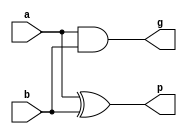
// P, G Term Generator
// Generates for each bit in parallel
module pg_gen(p, g, a, b);
    input  [31:0] a, b;
    output [31:0] p, g;
    
    assign p = a ^ b;
    assign g = a & b;
endmodule

// Black Cell
// for carry-look-ahead tree
module black_cell(pout, gout, p, g, p_1, g_1);
    input     p, g, p_1, g_1;
    output    pout, gout;
    
    assign pout = p & p_1;
    assign gout = g | (p & g_1);
endmodule

// Carry generator
// Generates carry output
module carry_gen(cout, p, g, cin);
    input  p, g, cin;
    output cout;
    
    assign cout = g | p & cin;
endmodule

module ksa_32b_top(cout, sum, a, b, cin);
    input  [31:0] a, b;
    input  cin;
    
    output [31:0] sum;
    output cout;

    // p, g terms
    wire    [31:0] p_terms, g_terms;
    wire    [31:0] sum, c_outs;
    
    // create wire for each CLA tree stage
    wire    [31:0]  p_st_1, g_st_1;
    wire    [30:0]  p_st_2, g_st_2;
    wire    [28:0]  p_st_3, g_st_3;
    wire    [24:0]  p_st_4, g_st_4;
    wire    [16:0]  p_st_5, g_st_5;
	wire            p_st_6, g_st_6;
    
    // P,G Generation
    pg_gen     _pg_gen         (.p(p_terms), .g(g_terms), .a(a), .b(b));
    
    // CLA tree stage 1 (32 cells)
    black_cell _black_cell1_0  (.pout(p_st_1[0]),  .gout(g_st_1[0]),  .p(p_terms[0]),  .g(g_terms[0]),  .p_1(1'b0),        .g_1(cin) );
    black_cell _black_cell1_1  (.pout(p_st_1[1]),  .gout(g_st_1[1]),  .p(p_terms[1]),  .g(g_terms[1]),  .p_1(p_terms[0]),  .g_1(g_terms[0]) );
    black_cell _black_cell1_2  (.pout(p_st_1[2]),  .gout(g_st_1[2]),  .p(p_terms[2]),  .g(g_terms[2]),  .p_1(p_terms[1]),  .g_1(g_terms[1]) );
    black_cell _black_cell1_3  (.pout(p_st_1[3]),  .gout(g_st_1[3]),  .p(p_terms[3]),  .g(g_terms[3]),  .p_1(p_terms[2]),  .g_1(g_terms[2]) );
    black_cell _black_cell1_4  (.pout(p_st_1[4]),  .gout(g_st_1[4]),  .p(p_terms[4]),  .g(g_terms[4]),  .p_1(p_terms[3]),  .g_1(g_terms[3]) );
    black_cell _black_cell1_5  (.pout(p_st_1[5]),  .gout(g_st_1[5]),  .p(p_terms[5]),  .g(g_terms[5]),  .p_1(p_terms[4]),  .g_1(g_terms[4]) );
    black_cell _black_cell1_6  (.pout(p_st_1[6]),  .gout(g_st_1[6]),  .p(p_terms[6]),  .g(g_terms[6]),  .p_1(p_terms[5]),  .g_1(g_terms[5]) );
    black_cell _black_cell1_7  (.pout(p_st_1[7]),  .gout(g_st_1[7]),  .p(p_terms[7]),  .g(g_terms[7]),  .p_1(p_terms[6]),  .g_1(g_terms[6]) );
    black_cell _black_cell1_8  (.pout(p_st_1[8]),  .gout(g_st_1[8]),  .p(p_terms[8]),  .g(g_terms[8]),  .p_1(p_terms[7]),  .g_1(g_terms[7]) );
    black_cell _black_cell1_9  (.pout(p_st_1[9]),  .gout(g_st_1[9]),  .p(p_terms[9]),  .g(g_terms[9]),  .p_1(p_terms[8]),  .g_1(g_terms[8]) );
    black_cell _black_cell1_a  (.pout(p_st_1[10]), .gout(g_st_1[10]), .p(p_terms[10]), .g(g_terms[10]), .p_1(p_terms[9]),  .g_1(g_terms[9]) );
    black_cell _black_cell1_b  (.pout(p_st_1[11]), .gout(g_st_1[11]), .p(p_terms[11]), .g(g_terms[11]), .p_1(p_terms[10]), .g_1(g_terms[10]) );
    black_cell _black_cell1_c  (.pout(p_st_1[12]), .gout(g_st_1[12]), .p(p_terms[12]), .g(g_terms[12]), .p_1(p_terms[11]), .g_1(g_terms[11]) );
    black_cell _black_cell1_d  (.pout(p_st_1[13]), .gout(g_st_1[13]), .p(p_terms[13]), .g(g_terms[13]), .p_1(p_terms[12]), .g_1(g_terms[12]) );
    black_cell _black_cell1_e  (.pout(p_st_1[14]), .gout(g_st_1[14]), .p(p_terms[14]), .g(g_terms[14]), .p_1(p_terms[13]), .g_1(g_terms[13]) );
    black_cell _black_cell1_f  (.pout(p_st_1[15]), .gout(g_st_1[15]), .p(p_terms[15]), .g(g_terms[15]), .p_1(p_terms[14]), .g_1(g_terms[14]) );
	black_cell _black_cell1_10 (.pout(p_st_1[16]), .gout(g_st_1[16]), .p(p_terms[16]), .g(g_terms[16]), .p_1(p_terms[15]), .g_1(g_terms[15]) );
    black_cell _black_cell1_11 (.pout(p_st_1[17]), .gout(g_st_1[17]), .p(p_terms[17]), .g(g_terms[17]), .p_1(p_terms[16]), .g_1(g_terms[16]) );
    black_cell _black_cell1_12 (.pout(p_st_1[18]), .gout(g_st_1[18]), .p(p_terms[18]), .g(g_terms[18]), .p_1(p_terms[17]), .g_1(g_terms[17]) );
    black_cell _black_cell1_13 (.pout(p_st_1[19]), .gout(g_st_1[19]), .p(p_terms[19]), .g(g_terms[19]), .p_1(p_terms[18]), .g_1(g_terms[18]) );
    black_cell _black_cell1_14 (.pout(p_st_1[20]), .gout(g_st_1[20]), .p(p_terms[20]), .g(g_terms[20]), .p_1(p_terms[19]), .g_1(g_terms[19]) );
    black_cell _black_cell1_15 (.pout(p_st_1[21]), .gout(g_st_1[21]), .p(p_terms[21]), .g(g_terms[21]), .p_1(p_terms[20]), .g_1(g_terms[20]) );
    black_cell _black_cell1_16 (.pout(p_st_1[22]), .gout(g_st_1[22]), .p(p_terms[22]), .g(g_terms[22]), .p_1(p_terms[21]), .g_1(g_terms[21]) );
    black_cell _black_cell1_17 (.pout(p_st_1[23]), .gout(g_st_1[23]), .p(p_terms[23]), .g(g_terms[23]), .p_1(p_terms[22]), .g_1(g_terms[22]) );
    black_cell _black_cell1_18 (.pout(p_st_1[24]), .gout(g_st_1[24]), .p(p_terms[24]), .g(g_terms[24]), .p_1(p_terms[23]), .g_1(g_terms[23]) );
    black_cell _black_cell1_19 (.pout(p_st_1[25]), .gout(g_st_1[25]), .p(p_terms[25]), .g(g_terms[25]), .p_1(p_terms[24]), .g_1(g_terms[24]) );
    black_cell _black_cell1_1a (.pout(p_st_1[26]), .gout(g_st_1[26]), .p(p_terms[26]), .g(g_terms[26]), .p_1(p_terms[25]), .g_1(g_terms[25]) );
    black_cell _black_cell1_1b (.pout(p_st_1[27]), .gout(g_st_1[27]), .p(p_terms[27]), .g(g_terms[27]), .p_1(p_terms[26]), .g_1(g_terms[26]) );
    black_cell _black_cell1_1c (.pout(p_st_1[28]), .gout(g_st_1[28]), .p(p_terms[28]), .g(g_terms[28]), .p_1(p_terms[27]), .g_1(g_terms[27]) );
    black_cell _black_cell1_1d (.pout(p_st_1[29]), .gout(g_st_1[29]), .p(p_terms[29]), .g(g_terms[29]), .p_1(p_terms[28]), .g_1(g_terms[28]) );
    black_cell _black_cell1_1e (.pout(p_st_1[30]), .gout(g_st_1[30]), .p(p_terms[30]), .g(g_terms[30]), .p_1(p_terms[29]), .g_1(g_terms[29]) );
    black_cell _black_cell1_1f (.pout(p_st_1[31]), .gout(g_st_1[31]), .p(p_terms[31]), .g(g_terms[31]), .p_1(p_terms[30]), .g_1(g_terms[30]) );
    
    // CLA tree stage 2 (31 cells)
    black_cell _black_cell2_0  (.pout(p_st_2[0]),   .gout(g_st_2[0]),   .p(p_st_1[1]),   .g(g_st_1[1]),   .p_1(1'b0),         .g_1(cin) );
    black_cell _black_cell2_1  (.pout(p_st_2[1]),   .gout(g_st_2[1]),   .p(p_st_1[2]),   .g(g_st_1[2]),   .p_1(p_st_1[0]),    .g_1(g_st_1[0]) );
    black_cell _black_cell2_2  (.pout(p_st_2[2]),   .gout(g_st_2[2]),   .p(p_st_1[3]),   .g(g_st_1[3]),   .p_1(p_st_1[1]),    .g_1(g_st_1[1]) );
    black_cell _black_cell2_3  (.pout(p_st_2[3]),   .gout(g_st_2[3]),   .p(p_st_1[4]),   .g(g_st_1[4]),   .p_1(p_st_1[2]),    .g_1(g_st_1[2]) );
    black_cell _black_cell2_4  (.pout(p_st_2[4]),   .gout(g_st_2[4]),   .p(p_st_1[5]),   .g(g_st_1[5]),   .p_1(p_st_1[3]),    .g_1(g_st_1[3]) );
    black_cell _black_cell2_5  (.pout(p_st_2[5]),   .gout(g_st_2[5]),   .p(p_st_1[6]),   .g(g_st_1[6]),   .p_1(p_st_1[4]),    .g_1(g_st_1[4]) );
    black_cell _black_cell2_6  (.pout(p_st_2[6]),   .gout(g_st_2[6]),   .p(p_st_1[7]),   .g(g_st_1[7]),   .p_1(p_st_1[5]),    .g_1(g_st_1[5]) );
    black_cell _black_cell2_7  (.pout(p_st_2[7]),   .gout(g_st_2[7]),   .p(p_st_1[8]),   .g(g_st_1[8]),   .p_1(p_st_1[6]),    .g_1(g_st_1[6]) );
    black_cell _black_cell2_8  (.pout(p_st_2[8]),   .gout(g_st_2[8]),   .p(p_st_1[9]),   .g(g_st_1[9]),   .p_1(p_st_1[7]),    .g_1(g_st_1[7]) );
    black_cell _black_cell2_9  (.pout(p_st_2[9]),   .gout(g_st_2[9]),   .p(p_st_1[10]),  .g(g_st_1[10]),  .p_1(p_st_1[8]),    .g_1(g_st_1[8]) );
    black_cell _black_cell2_a  (.pout(p_st_2[10]),  .gout(g_st_2[10]),  .p(p_st_1[11]),  .g(g_st_1[11]),  .p_1(p_st_1[9]),    .g_1(g_st_1[9]) );
    black_cell _black_cell2_b  (.pout(p_st_2[11]),  .gout(g_st_2[11]),  .p(p_st_1[12]),  .g(g_st_1[12]),  .p_1(p_st_1[10]),   .g_1(g_st_1[10]) );
    black_cell _black_cell2_c  (.pout(p_st_2[12]),  .gout(g_st_2[12]),  .p(p_st_1[13]),  .g(g_st_1[13]),  .p_1(p_st_1[11]),   .g_1(g_st_1[11]) );
    black_cell _black_cell2_d  (.pout(p_st_2[13]),  .gout(g_st_2[13]),  .p(p_st_1[14]),  .g(g_st_1[14]),  .p_1(p_st_1[12]),   .g_1(g_st_1[12]) );
    black_cell _black_cell2_e  (.pout(p_st_2[14]),  .gout(g_st_2[14]),  .p(p_st_1[15]),  .g(g_st_1[15]),  .p_1(p_st_1[13]),   .g_1(g_st_1[13]) );
    black_cell _black_cell2_f  (.pout(p_st_2[15]),  .gout(g_st_2[15]),  .p(p_st_1[16]),  .g(g_st_1[16]),  .p_1(p_st_1[14]),   .g_1(p_st_1[14]) );
    black_cell _black_cell2_10 (.pout(p_st_2[16]),  .gout(g_st_2[16]),  .p(p_st_1[17]),  .g(g_st_1[17]),  .p_1(p_st_1[15]),   .g_1(g_st_1[15]) );
    black_cell _black_cell2_11 (.pout(p_st_2[17]),  .gout(g_st_2[17]),  .p(p_st_1[18]),  .g(g_st_1[18]),  .p_1(p_st_1[16]),   .g_1(g_st_1[16]) );
    black_cell _black_cell2_12 (.pout(p_st_2[18]),  .gout(g_st_2[18]),  .p(p_st_1[19]),  .g(g_st_1[19]),  .p_1(p_st_1[17]),   .g_1(g_st_1[17]) );
    black_cell _black_cell2_13 (.pout(p_st_2[19]),  .gout(g_st_2[19]),  .p(p_st_1[20]),  .g(g_st_1[20]),  .p_1(p_st_1[18]),   .g_1(g_st_1[18]) );
    black_cell _black_cell2_14 (.pout(p_st_2[20]),  .gout(g_st_2[20]),  .p(p_st_1[21]),  .g(g_st_1[21]),  .p_1(p_st_1[19]),   .g_1(g_st_1[19]) );
    black_cell _black_cell2_15 (.pout(p_st_2[21]),  .gout(g_st_2[21]),  .p(p_st_1[22]),  .g(g_st_1[22]),  .p_1(p_st_1[20]),   .g_1(g_st_1[20]) );
    black_cell _black_cell2_16 (.pout(p_st_2[22]),  .gout(g_st_2[22]),  .p(p_st_1[23]),  .g(g_st_1[23]),  .p_1(p_st_1[21]),   .g_1(g_st_1[21]) );
    black_cell _black_cell2_17 (.pout(p_st_2[23]),  .gout(g_st_2[23]),  .p(p_st_1[24]),  .g(g_st_1[24]),  .p_1(p_st_1[22]),   .g_1(g_st_1[22]) );
    black_cell _black_cell2_18 (.pout(p_st_2[24]),  .gout(g_st_2[24]),  .p(p_st_1[25]),  .g(g_st_1[25]),  .p_1(p_st_1[23]),   .g_1(g_st_1[23]) );
    black_cell _black_cell2_19 (.pout(p_st_2[25]),  .gout(g_st_2[25]),  .p(p_st_1[26]),  .g(g_st_1[26]),  .p_1(p_st_1[24]),   .g_1(g_st_1[24]) );
    black_cell _black_cell2_1a (.pout(p_st_2[26]),  .gout(g_st_2[26]),  .p(p_st_1[27]),  .g(g_st_1[27]),  .p_1(p_st_1[25]),   .g_1(g_st_1[25]) );
    black_cell _black_cell2_1b (.pout(p_st_2[27]),  .gout(g_st_2[27]),  .p(p_st_1[28]),  .g(g_st_1[28]),  .p_1(p_st_1[26]),   .g_1(g_st_1[26]) );
    black_cell _black_cell2_1c (.pout(p_st_2[28]),  .gout(g_st_2[28]),  .p(p_st_1[29]),  .g(g_st_1[29]),  .p_1(p_st_1[27]),   .g_1(g_st_1[27]) );
    black_cell _black_cell2_1d (.pout(p_st_2[29]),  .gout(g_st_2[29]),  .p(p_st_1[30]),  .g(g_st_1[30]),  .p_1(p_st_1[28]),   .g_1(g_st_1[28]) );
	black_cell _black_cell2_1e (.pout(p_st_2[30]),  .gout(g_st_2[30]),  .p(p_st_1[31]),  .g(g_st_1[31]),  .p_1(p_st_1[29]),   .g_1(g_st_1[29]) );

    
    // CLA tree stage 3 (29 cells)
    black_cell _black_cell3_0  (.pout(p_st_3[0]),   .gout(g_st_3[0]),   .p(p_st_2[2]),   .g(g_st_2[2]),   .p_1(1'b0),         .g_1(cin) );
    black_cell _black_cell3_1  (.pout(p_st_3[1]),   .gout(g_st_3[1]),   .p(p_st_2[3]),   .g(g_st_2[3]),   .p_1(p_st_1[0]),    .g_1(g_st_1[0]) );
    black_cell _black_cell3_2  (.pout(p_st_3[2]),   .gout(g_st_3[2]),   .p(p_st_2[4]),   .g(g_st_2[4]),   .p_1(p_st_2[0]),    .g_1(g_st_2[0]) );
    black_cell _black_cell3_3  (.pout(p_st_3[3]),   .gout(g_st_3[3]),   .p(p_st_2[5]),   .g(g_st_2[5]),   .p_1(p_st_2[1]),    .g_1(g_st_2[1]) );
    black_cell _black_cell3_4  (.pout(p_st_3[4]),   .gout(g_st_3[4]),   .p(p_st_2[6]),   .g(g_st_2[6]),   .p_1(p_st_2[2]),    .g_1(g_st_2[2]) );
    black_cell _black_cell3_5  (.pout(p_st_3[5]),   .gout(g_st_3[5]),   .p(p_st_2[7]),   .g(g_st_2[7]),   .p_1(p_st_2[3]),    .g_1(g_st_2[3]) );
    black_cell _black_cell3_6  (.pout(p_st_3[6]),   .gout(g_st_3[6]),   .p(p_st_2[8]),   .g(g_st_2[8]),   .p_1(p_st_2[4]),    .g_1(g_st_2[4]) );
    black_cell _black_cell3_7  (.pout(p_st_3[7]),   .gout(g_st_3[7]),   .p(p_st_2[9]),   .g(g_st_2[9]),   .p_1(p_st_2[5]),    .g_1(g_st_2[5]) );
    black_cell _black_cell3_8  (.pout(p_st_3[8]),   .gout(g_st_3[8]),   .p(p_st_2[10]),  .g(g_st_2[10]),  .p_1(p_st_2[6]),    .g_1(g_st_2[6]) );
    black_cell _black_cell3_9  (.pout(p_st_3[9]),   .gout(g_st_3[9]),   .p(p_st_2[11]),  .g(g_st_2[11]),  .p_1(p_st_2[7]),    .g_1(g_st_2[7]) );
    black_cell _black_cell3_a  (.pout(p_st_3[10]),  .gout(g_st_3[10]),  .p(p_st_2[12]),  .g(g_st_2[12]),  .p_1(p_st_2[8]),    .g_1(g_st_2[8]) );
    black_cell _black_cell3_b  (.pout(p_st_3[11]),  .gout(g_st_3[11]),  .p(p_st_2[13]),  .g(g_st_2[13]),  .p_1(p_st_2[9]),    .g_1(g_st_2[9]) );
    black_cell _black_cell3_c  (.pout(p_st_3[12]),  .gout(g_st_3[12]),  .p(p_st_2[14]),  .g(g_st_2[14]),  .p_1(p_st_2[10]),   .g_1(g_st_2[10]) );
    black_cell _black_cell3_d  (.pout(p_st_3[13]),  .gout(g_st_3[13]),  .p(p_st_2[15]),  .g(g_st_2[15]),  .p_1(p_st_2[12]),   .g_1(g_st_2[12]) );
    black_cell _black_cell3_e  (.pout(p_st_3[14]),  .gout(g_st_3[14]),  .p(p_st_2[16]),  .g(g_st_2[16]),  .p_1(p_st_2[13]),   .g_1(g_st_2[13]) );
    black_cell _black_cell3_f  (.pout(p_st_3[15]),  .gout(g_st_3[15]),  .p(p_st_2[17]),  .g(g_st_2[17]),  .p_1(p_st_2[14]),   .g_1(p_st_2[14]) );
    black_cell _black_cell3_10 (.pout(p_st_3[16]),  .gout(g_st_3[16]),  .p(p_st_2[18]),  .g(g_st_2[18]),  .p_1(p_st_2[15]),   .g_1(g_st_2[15]) );
    black_cell _black_cell3_11 (.pout(p_st_3[17]),  .gout(g_st_3[17]),  .p(p_st_2[19]),  .g(g_st_2[19]),  .p_1(p_st_2[16]),   .g_1(g_st_2[16]) );
    black_cell _black_cell3_12 (.pout(p_st_3[18]),  .gout(g_st_3[18]),  .p(p_st_2[20]),  .g(g_st_2[20]),  .p_1(p_st_2[17]),   .g_1(g_st_2[17]) );
    black_cell _black_cell3_13 (.pout(p_st_3[19]),  .gout(g_st_3[19]),  .p(p_st_2[21]),  .g(g_st_2[21]),  .p_1(p_st_2[18]),   .g_1(g_st_2[18]) );
    black_cell _black_cell3_14 (.pout(p_st_3[20]),  .gout(g_st_3[20]),  .p(p_st_2[22]),  .g(g_st_2[22]),  .p_1(p_st_2[19]),   .g_1(g_st_2[19]) );
    black_cell _black_cell3_15 (.pout(p_st_3[21]),  .gout(g_st_3[21]),  .p(p_st_2[23]),  .g(g_st_2[23]),  .p_1(p_st_2[20]),   .g_1(g_st_2[20]) );
    black_cell _black_cell3_16 (.pout(p_st_3[22]),  .gout(g_st_3[22]),  .p(p_st_2[24]),  .g(g_st_2[24]),  .p_1(p_st_2[21]),   .g_1(g_st_2[21]) );
    black_cell _black_cell3_17 (.pout(p_st_3[23]),  .gout(g_st_3[23]),  .p(p_st_2[25]),  .g(g_st_2[25]),  .p_1(p_st_2[22]),   .g_1(g_st_2[22]) );
    black_cell _black_cell3_18 (.pout(p_st_3[24]),  .gout(g_st_3[24]),  .p(p_st_2[26]),  .g(g_st_2[26]),  .p_1(p_st_2[23]),   .g_1(g_st_2[23]) );
    black_cell _black_cell3_19 (.pout(p_st_3[25]),  .gout(g_st_3[25]),  .p(p_st_2[27]),  .g(g_st_2[27]),  .p_1(p_st_2[24]),   .g_1(g_st_2[24]) );
    black_cell _black_cell3_1a (.pout(p_st_3[26]),  .gout(g_st_3[26]),  .p(p_st_2[28]),  .g(g_st_2[28]),  .p_1(p_st_2[25]),   .g_1(g_st_2[25]) );
    black_cell _black_cell3_1b (.pout(p_st_3[27]),  .gout(g_st_3[27]),  .p(p_st_2[29]),  .g(g_st_2[29]),  .p_1(p_st_2[26]),   .g_1(g_st_2[26]) );
    black_cell _black_cell3_1c (.pout(p_st_3[28]),  .gout(g_st_3[28]),  .p(p_st_2[30]),  .g(g_st_2[30]),  .p_1(p_st_2[27]),   .g_1(g_st_2[27]) );
	 
    // CLA tree stage 4 (25 cells)
    black_cell _black_cell4_0  (.pout(p_st_4[0]),   .gout(g_st_4[0]),   .p(p_st_3[4]),   .g(g_st_3[4]),   .p_1(1'b0),       .g_1(cin) );
    black_cell _black_cell4_1  (.pout(p_st_4[1]),   .gout(g_st_4[1]),   .p(p_st_3[5]),   .g(g_st_3[5]),   .p_1(p_st_1[0]),  .g_1(g_st_1[0]) );

    black_cell _black_cell4_2  (.pout(p_st_4[2]),   .gout(g_st_4[2]),   .p(p_st_3[6]),   .g(g_st_3[6]),   .p_1(p_st_2[0]),  .g_1(g_st_2[0]) );
    black_cell _black_cell4_3  (.pout(p_st_4[3]),   .gout(g_st_4[3]),   .p(p_st_3[7]),   .g(g_st_3[7]),   .p_1(p_st_2[1]),  .g_1(g_st_2[1]) );

    black_cell _black_cell4_4  (.pout(p_st_4[4]),   .gout(g_st_4[4]),   .p(p_st_3[8]),   .g(g_st_3[8]),   .p_1(p_st_3[0]),  .g_1(g_st_3[0]) );
    black_cell _black_cell4_5  (.pout(p_st_4[5]),   .gout(g_st_4[5]),   .p(p_st_3[9]),   .g(g_st_3[9]),   .p_1(p_st_3[1]),  .g_1(g_st_3[1]) );
    black_cell _black_cell4_6  (.pout(p_st_4[6]),   .gout(g_st_4[6]),   .p(p_st_3[10]),  .g(g_st_3[10]),  .p_1(p_st_3[2]),  .g_1(g_st_3[2]) );
    black_cell _black_cell4_7  (.pout(p_st_4[7]),   .gout(g_st_4[7]),   .p(p_st_3[11]),  .g(g_st_3[11]),  .p_1(p_st_3[3]),  .g_1(g_st_3[3]) );
    black_cell _black_cell4_8  (.pout(p_st_4[8]),   .gout(g_st_4[8]),   .p(p_st_3[12]),  .g(g_st_3[12]),  .p_1(p_st_3[4]),  .g_1(g_st_3[4]) );
    black_cell _black_cell4_9  (.pout(p_st_4[9]),   .gout(g_st_4[9]),   .p(p_st_3[13]),  .g(g_st_3[13]),  .p_1(p_st_3[5]),  .g_1(g_st_3[5]) );
    black_cell _black_cell4_a  (.pout(p_st_4[10]),  .gout(g_st_4[10]),  .p(p_st_3[14]),  .g(g_st_3[14]),  .p_1(p_st_3[6]),  .g_1(g_st_3[6]) );
    black_cell _black_cell4_b  (.pout(p_st_4[11]),  .gout(g_st_4[11]),  .p(p_st_3[15]),  .g(g_st_3[15]),  .p_1(p_st_3[7]),  .g_1(g_st_3[7]) );
    black_cell _black_cell4_c  (.pout(p_st_4[12]),  .gout(g_st_4[12]),  .p(p_st_3[16]),  .g(g_st_3[16]),  .p_1(p_st_3[8]),  .g_1(g_st_3[8]) );
    black_cell _black_cell4_d  (.pout(p_st_4[13]),  .gout(g_st_4[13]),  .p(p_st_3[17]),  .g(g_st_3[17]),  .p_1(p_st_3[9]),  .g_1(g_st_3[9]) );
    black_cell _black_cell4_e  (.pout(p_st_4[14]),  .gout(g_st_4[14]),  .p(p_st_3[18]),  .g(g_st_3[18]),  .p_1(p_st_3[10]), .g_1(g_st_3[10]) );
    black_cell _black_cell4_f  (.pout(p_st_4[15]),  .gout(g_st_4[15]),  .p(p_st_3[19]),  .g(g_st_3[19]),  .p_1(p_st_3[11]), .g_1(p_st_3[11]) );
    black_cell _black_cell4_10 (.pout(p_st_4[16]),  .gout(g_st_4[16]),  .p(p_st_3[20]),  .g(g_st_3[20]),  .p_1(p_st_3[12]), .g_1(g_st_3[12]) );
    black_cell _black_cell4_11 (.pout(p_st_4[17]),  .gout(g_st_4[17]),  .p(p_st_3[21]),  .g(g_st_3[21]),  .p_1(p_st_3[13]), .g_1(g_st_3[13]) );
    black_cell _black_cell4_12 (.pout(p_st_4[18]),  .gout(g_st_4[18]),  .p(p_st_3[22]),  .g(g_st_3[22]),  .p_1(p_st_3[14]), .g_1(g_st_3[14]) );
    black_cell _black_cell4_13 (.pout(p_st_4[19]),  .gout(g_st_4[19]),  .p(p_st_3[23]),  .g(g_st_3[23]),  .p_1(p_st_3[15]), .g_1(g_st_3[15]) );
    black_cell _black_cell4_14 (.pout(p_st_4[20]),  .gout(g_st_4[20]),  .p(p_st_3[24]),  .g(g_st_3[24]),  .p_1(p_st_3[16]), .g_1(g_st_3[16]) );
    black_cell _black_cell4_15 (.pout(p_st_4[21]),  .gout(g_st_4[21]),  .p(p_st_3[25]),  .g(g_st_3[25]),  .p_1(p_st_3[17]), .g_1(g_st_3[17]) );
    black_cell _black_cell4_16 (.pout(p_st_4[22]),  .gout(g_st_4[22]),  .p(p_st_3[26]),  .g(g_st_3[26]),  .p_1(p_st_3[18]), .g_1(g_st_3[18]) );
    black_cell _black_cell4_17 (.pout(p_st_4[23]),  .gout(g_st_4[23]),  .p(p_st_3[27]),  .g(g_st_3[27]),  .p_1(p_st_3[19]), .g_1(g_st_3[19]) );
    black_cell _black_cell4_18 (.pout(p_st_4[24]),  .gout(g_st_4[24]),  .p(p_st_3[28]),  .g(g_st_3[28]),  .p_1(p_st_3[20]), .g_1(g_st_3[20]) );
    
    // CLA tree stage 5 (17 cells)
    black_cell _black_cell5_0  (.pout(p_st_5[0]),   .gout(g_st_5[0]),   .p(p_st_4[8]),   .g(g_st_4[8]),   .p_1(1'b0),       .g_1(cin) );
    black_cell _black_cell5_1  (.pout(p_st_5[1]),   .gout(g_st_5[1]),   .p(p_st_4[9]),   .g(g_st_4[9]),   .p_1(p_st_1[0]),  .g_1(g_st_1[0]) );

    black_cell _black_cell5_2  (.pout(p_st_5[2]),   .gout(g_st_5[2]),   .p(p_st_4[10]),  .g(g_st_4[10]),  .p_1(p_st_2[0]),  .g_1(g_st_2[0]) );
    black_cell _black_cell5_3  (.pout(p_st_5[3]),   .gout(g_st_5[3]),   .p(p_st_4[11]),  .g(g_st_4[11]),  .p_1(p_st_2[1]),  .g_1(g_st_2[1]) );

    black_cell _black_cell5_4  (.pout(p_st_5[4]),   .gout(g_st_5[4]),   .p(p_st_4[12]),  .g(g_st_4[12]),  .p_1(p_st_3[0]),  .g_1(g_st_3[0]) );
    black_cell _black_cell5_5  (.pout(p_st_5[5]),   .gout(g_st_5[5]),   .p(p_st_4[13]),  .g(g_st_4[13]),  .p_1(p_st_3[1]),  .g_1(g_st_3[1]) );
    black_cell _black_cell5_6  (.pout(p_st_5[6]),   .gout(g_st_5[6]),   .p(p_st_4[14]),  .g(g_st_4[14]),  .p_1(p_st_3[2]),  .g_1(g_st_3[2]) );
    black_cell _black_cell5_7  (.pout(p_st_5[7]),   .gout(g_st_5[7]),   .p(p_st_4[15]),  .g(g_st_4[15]),  .p_1(p_st_3[3]),  .g_1(g_st_3[3]) );

    black_cell _black_cell5_8  (.pout(p_st_5[8]),   .gout(g_st_5[8]),   .p(p_st_4[16]),  .g(g_st_4[16]),  .p_1(p_st_4[0]),  .g_1(g_st_4[0]) );
    black_cell _black_cell5_9  (.pout(p_st_5[9]),   .gout(g_st_5[9]),   .p(p_st_4[17]),  .g(g_st_4[17]),  .p_1(p_st_4[1]),  .g_1(g_st_4[1]) );
    black_cell _black_cell5_a  (.pout(p_st_5[10]),  .gout(g_st_5[10]),  .p(p_st_4[18]),  .g(g_st_4[18]),  .p_1(p_st_4[2]),  .g_1(g_st_4[2]) );
    black_cell _black_cell5_b  (.pout(p_st_5[11]),  .gout(g_st_5[11]),  .p(p_st_4[19]),  .g(g_st_4[19]),  .p_1(p_st_4[3]),  .g_1(g_st_4[3]) );
    black_cell _black_cell5_c  (.pout(p_st_5[12]),  .gout(g_st_5[12]),  .p(p_st_4[20]),  .g(g_st_4[20]),  .p_1(p_st_4[4]),  .g_1(g_st_4[4]) );
    black_cell _black_cell5_d  (.pout(p_st_5[13]),  .gout(g_st_5[13]),  .p(p_st_4[21]),  .g(g_st_4[21]),  .p_1(p_st_4[5]),  .g_1(g_st_4[5]) );
    black_cell _black_cell5_e  (.pout(p_st_5[14]),  .gout(g_st_5[14]),  .p(p_st_4[22]),  .g(g_st_4[22]),  .p_1(p_st_4[6]),  .g_1(g_st_4[6]) );
    black_cell _black_cell5_f  (.pout(p_st_5[15]),  .gout(g_st_5[15]),  .p(p_st_4[23]),  .g(g_st_4[23]),  .p_1(p_st_4[7]),  .g_1(p_st_4[7]) );
    black_cell _black_cell5_10 (.pout(p_st_5[16]),  .gout(g_st_5[16]),  .p(p_st_4[24]),  .g(g_st_4[24]),  .p_1(p_st_4[8]),  .g_1(g_st_4[8]) );
    
	 // CLA Tree stage final
    black_cell _black_cell6    (.pout(p_st_6),      .gout(g_st_6),      .p(p_st_5[16]),  .g(g_st_5[16]),  .p_1(1'b0),       .g_1(cin) );
	 
    // CLA Tree done
    // Carry Generation
	assign c_outs[0] = cin;
	 
    carry_gen _carry_gen0  (.cout(c_outs[1]),  .p(p_st_1[0]),  .g(g_st_1[0]),   .cin(c_outs[0]));
    carry_gen _carry_gen1  (.cout(c_outs[2]),  .p(p_st_2[0]),  .g(g_st_2[0]),   .cin(c_outs[1]));
    carry_gen _carry_gen2  (.cout(c_outs[3]),  .p(p_st_2[1]),  .g(g_st_2[1]),   .cin(c_outs[2]));

    carry_gen _carry_gen3  (.cout(c_outs[4]),  .p(p_st_3[0]),  .g(g_st_3[0]),   .cin(c_outs[3]));
    carry_gen _carry_gen4  (.cout(c_outs[5]),  .p(p_st_3[1]),  .g(g_st_3[1]),   .cin(c_outs[4]));
    carry_gen _carry_gen5  (.cout(c_outs[6]),  .p(p_st_3[2]),  .g(g_st_3[2]),   .cin(c_outs[5]));
    carry_gen _carry_gen6  (.cout(c_outs[7]),  .p(p_st_3[3]),  .g(g_st_3[3]),   .cin(c_outs[6]));

    carry_gen _carry_gen7  (.cout(c_outs[8]),  .p(p_st_4[0]),  .g(g_st_4[0]),   .cin(c_outs[7]));
    carry_gen _carry_gen8  (.cout(c_outs[9]),  .p(p_st_4[1]),  .g(g_st_4[1]),   .cin(c_outs[8]));
    carry_gen _carry_gen9  (.cout(c_outs[10]), .p(p_st_4[2]),  .g(g_st_4[2]),   .cin(c_outs[9]));
    carry_gen _carry_gena  (.cout(c_outs[11]), .p(p_st_4[3]),  .g(g_st_4[3]),   .cin(c_outs[10]));
    carry_gen _carry_genb  (.cout(c_outs[12]), .p(p_st_4[4]),  .g(g_st_4[4]),   .cin(c_outs[11]));
    carry_gen _carry_genc  (.cout(c_outs[13]), .p(p_st_4[5]),  .g(g_st_4[5]),   .cin(c_outs[12]));
    carry_gen _carry_gend  (.cout(c_outs[14]), .p(p_st_4[6]),  .g(g_st_4[6]),   .cin(c_outs[13]));
    carry_gen _carry_gene  (.cout(c_outs[15]), .p(p_st_4[7]),  .g(g_st_4[7]),   .cin(c_outs[14]));

    carry_gen _carry_genf  (.cout(c_outs[16]), .p(p_st_5[0]),  .g(g_st_5[0]),   .cin(c_outs[15]));
    carry_gen _carry_gen10 (.cout(c_outs[17]), .p(p_st_5[1]),  .g(g_st_5[1]),   .cin(c_outs[16]));
    carry_gen _carry_gen11 (.cout(c_outs[18]), .p(p_st_5[2]),  .g(g_st_5[2]),   .cin(c_outs[17]));
    carry_gen _carry_gen12 (.cout(c_outs[19]), .p(p_st_5[3]),  .g(g_st_5[3]),   .cin(c_outs[18]));
    carry_gen _carry_gen13 (.cout(c_outs[20]), .p(p_st_5[4]),  .g(g_st_5[4]),   .cin(c_outs[19]));
    carry_gen _carry_gen14 (.cout(c_outs[21]), .p(p_st_5[5]),  .g(g_st_5[5]),   .cin(c_outs[20]));
    carry_gen _carry_gen15 (.cout(c_outs[22]), .p(p_st_5[6]),  .g(g_st_5[6]),   .cin(c_outs[21]));
    carry_gen _carry_gen16 (.cout(c_outs[23]), .p(p_st_5[7]),  .g(g_st_5[7]),   .cin(c_outs[22]));
    carry_gen _carry_gen17 (.cout(c_outs[24]), .p(p_st_5[8]),  .g(g_st_5[8]),   .cin(c_outs[23]));
    carry_gen _carry_gen18 (.cout(c_outs[25]), .p(p_st_5[9]),  .g(g_st_5[9]),   .cin(c_outs[24]));
    carry_gen _carry_gen19 (.cout(c_outs[26]), .p(p_st_5[10]), .g(g_st_5[10]),  .cin(c_outs[25]));
    carry_gen _carry_gen1a (.cout(c_outs[27]), .p(p_st_5[11]), .g(g_st_5[11]),  .cin(c_outs[26]));
    carry_gen _carry_gen1b (.cout(c_outs[28]), .p(p_st_5[12]), .g(g_st_5[12]),  .cin(c_outs[27]));
    carry_gen _carry_gen1c (.cout(c_outs[29]), .p(p_st_5[13]), .g(g_st_5[13]),  .cin(c_outs[28]));
    carry_gen _carry_gen1d (.cout(c_outs[30]), .p(p_st_5[14]), .g(g_st_5[14]),  .cin(c_outs[29]));
    carry_gen _carry_gen1e (.cout(c_outs[31]), .p(p_st_5[15]), .g(g_st_5[15]),  .cin(c_outs[30]));

    carry_gen _carry_gen1f (.cout(cout),       .p(p_st_6),     .g(g_st_6),      .cin(c_outs[31]));
	
    assign sum = p_terms ^ c_outs;
endmodule